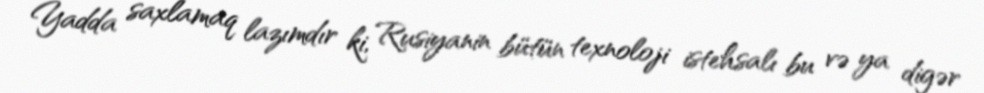
Yadda saxlamaq lazımdır ki, Rusiyanin bütün texnoloji istehsalı bu və ya digər